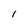
Character: I